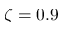
\zeta = 0 . 9